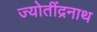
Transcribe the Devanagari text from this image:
ज्योतींद्रनाथ